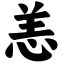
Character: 恙